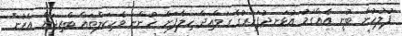
ފުލުހުން ބުނީ އެއްގަމު އުޅަނދުފަހަރުގެ ގަވާއިދާ ހިލާފަށް ހުންނަ ވެހިކަލްތައް ބްރިޖަށް އެރުން